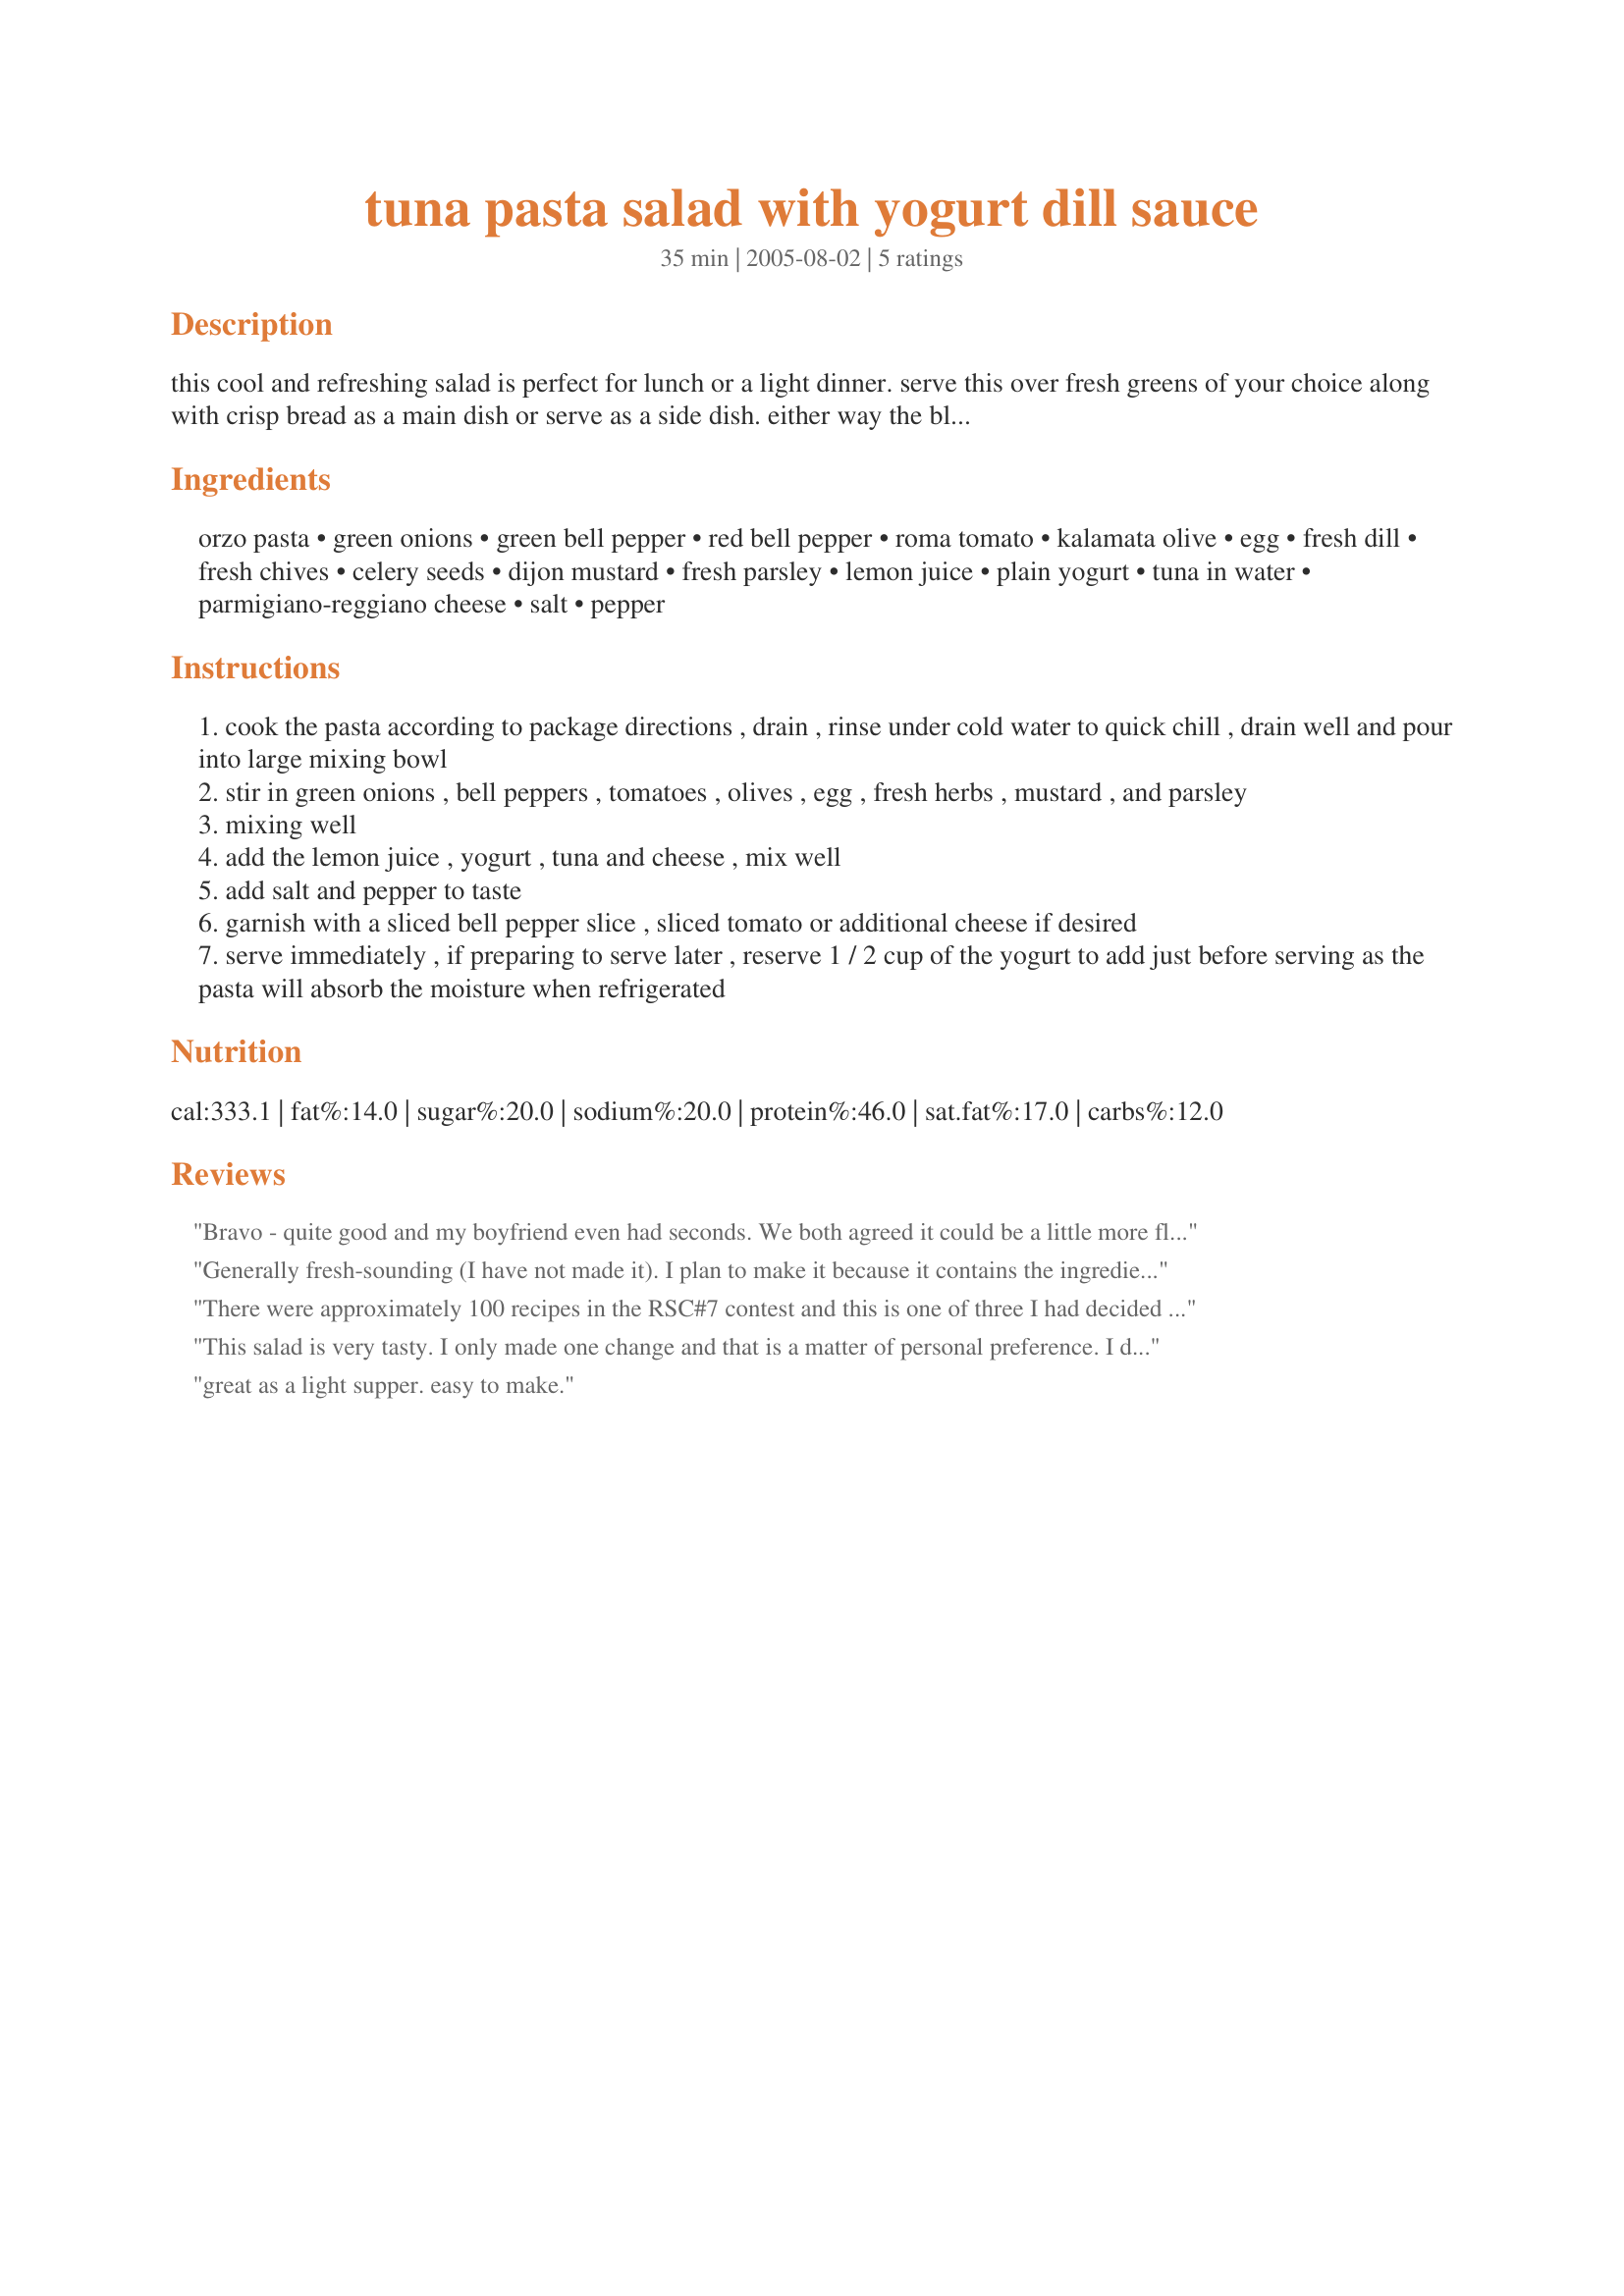
tuna pasta salad with yogurt dill sauce
Preparation time: 35 minutes

this cool and refreshing salad is perfect for lunch or a light dinner. serve this over fresh greens of your choice along with crisp bread as a main dish or serve as a side dish. either way the blending of flavors is a true taste delight.

Ingredients:
orzo pasta, green onions, green bell pepper, red bell pepper, roma tomato, kalamata olive, egg, fresh dill, fresh chives, celery seeds, dijon mustard, fresh parsley, lemon juice, plain yogurt, tuna in water, parmigiano-reggiano cheese, salt, pepper

Steps:
cook the pasta according to package directions , drain , rinse under cold water to quick chill , drain well and pour into large mixing bowl
stir in green onions , bell peppers , tomatoes , olives , egg , fresh herbs , mustard , and parsley
mixing well
add the lemon juice , yogurt , tuna and cheese , mix well
add salt and pepper to taste
garnish with a sliced bell pepper slice , sliced tomato or additional cheese if desired
serve immediately , if preparing to serve later , reserve 1 / 2 cup of the yogurt to add just before serving as the pasta will absorb the moisture when refrigerated

Reviews:
Bravo - quite good and my boyfriend even had seconds. We both agreed it could be a little more flavorful and I added some Caesar dressing to the leftovers and it picked it up a bit. Suggestion: leave out the parmesan and add another egg or two.
Generally fresh-sounding (I have not made it). I plan to make it because it contains the ingredients we like in a substantial salad -- as a light meal.

21 June 07: I FORGOT TO REVIEW THIS!! We had a spell of unnaturally hot weather some days ago (it's winter here!!) and I had to prepare a light lunch for 2 friends, so we were 4 people. This salad, with French bread from a local bakery and cold white wine, fitted the bill. I confess to using 3 hardboiled eggs and more of all the ingredients because I only made this one dish. I used a tangy mayonnaise instead of the yoghurt. This was after reading the previous reviews. But apart from the mayo I didn't sub anything. The salad was made early and had a few hours in the fridge although you state "serve immediately". I think the flavours developed well, though, and the salad didn't seem to suffer -- we loved the fresh tastes. Thanks!
There were approximately 100 recipes in the RSC#7 contest and this is one of three I had decided to make. I cut up all the veggies, egg, olives, tomatoes, tuna into bite size pieces. They all looked terrific on my cutting board, a wonderful array of colors. Then I blended them in and along with the spices into the pasta; so far so good. However, when I added the yogurt and mustard it masked the beautiful vibrant colors of the vegetables. The taste was good, but I would eliminate the yogurt and use another type of light colored clear sauce/dressing. Perhaps just some olive oil and a touch of mashed garlic or toasted garlic bits...

This salad is very tasty.
I only made one change and that is a matter of personal preference. I don't love celery seed so I halved the amount.
For me, I might replace it with a little finely diced fresh celery. Which I know is a completely different flavour. But that's just me. Otherwise it's great. Yum!
great as a light supper. easy to make.
